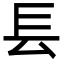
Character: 镸